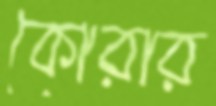
কোরার